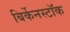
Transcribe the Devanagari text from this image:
बिर्केनस्टॉक